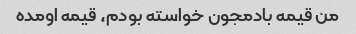
من قیمه بادمجون خواسته بودم، قیمه اومده